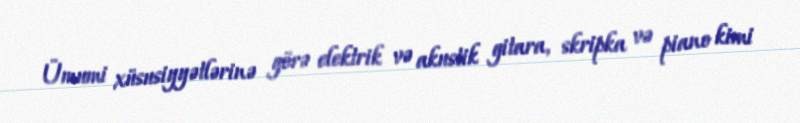
Ümumi xüsusiyyətlərinə görə elektrik və akustik gitara, skripka və piano kimi